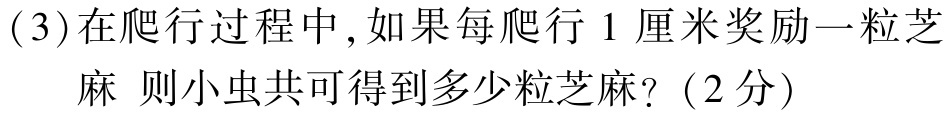
(3)在爬行过程中,如果每爬行1厘米奖励一粒芝麻 则小虫共可得到多少粒芝麻?（2分）